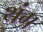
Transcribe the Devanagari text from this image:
थंग